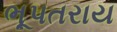
ભૂપતરાય